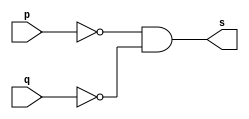
// ---------------------
// GUIA 02 
// Nome: Luiz Marques de Oliveira
// ---------------------

// ---------------------
// -- NOR FEITA DE NAND 
// --------------------	-

module norgate (s, p,q);
 output s;
 input  p,q;
 wire temp1,temp2,temp3;
 nand NAND1 (temp1,p);
 nand NAND2 (temp2,q);
 nand NAND3 (temp3,temp1,temp2);
 
 assign s = ~(temp3 & temp3);
 
 endmodule // norgate
 


// ---------------------
// -- test NOR gate
// ---------------------

module testnorgate;
 reg   a,b;
 wire  s;
 
          // instancia
			 
 norgate NOR1  (s, a,b);

 
   // parte principal
 initial begin
      $display("Guia 02-Exercicio 4 ||| Luiz Marques de Oliveira || 417138");
      $display("Test NOR gate feita de NAND");
      $display("\n ~(a&b)=s \n");
      $monitor("~(%b&%b)= %b", a,s);
  
     a=0;b=0;
  #1 a=0;b=1;
  #1 a=1;b=0;
  #1 a=1;b=1;
  
 end

endmodule // testnorgate